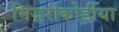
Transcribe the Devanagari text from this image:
मिज़रीकोर्डीया